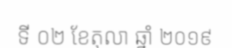
ទី ០២ ខែតុលា ឆ្នាំ ២០១៩